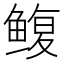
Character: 鳆